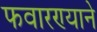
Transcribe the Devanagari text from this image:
फवारण्याने